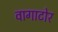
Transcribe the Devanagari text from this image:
वागाटोर